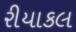
રીયાકલ